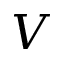
V